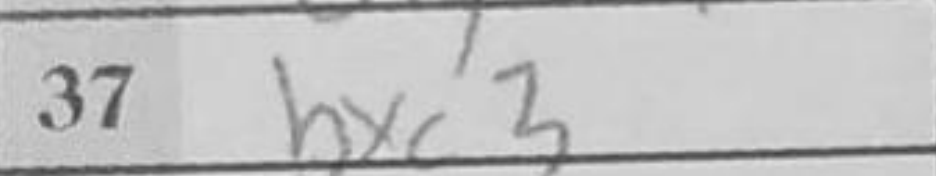
Transcription: bxc3